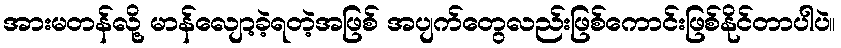
အားမတန်လို့ မာန်လျော့ခဲ့ရတဲ့အဖြစ် အပျက်တွေလည်းဖြစ်ကောင်းဖြစ်နိုင်တာပါပဲ။